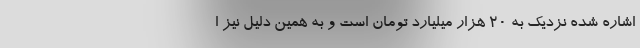
اشاره شده نزدیک به ۲۰ هزار میلیارد تومان است و به همین دلیل نیز ا